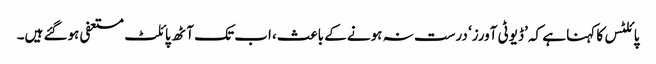
پائلٹس کا کہنا ہے کہ ’ڈیوٹی آورز‘ درست نہ ہونے کے باعث، اب تک آٹھ پائلٹ مستعفی ہوگئے ہیں۔